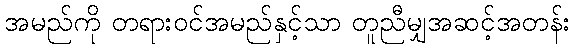
အမည်ကို တရားဝင်အမည်နှင့်သာ တူညီမျှအဆင့်အတန်း